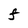
Character: F